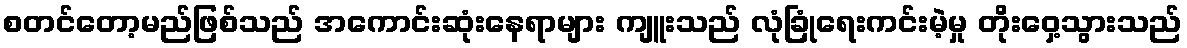
စတင်တော့မည်ဖြစ်သည် အကောင်းဆုံးနေရာများ ကျူးသည် လုံခြုံရေးကင်းမဲ့မှု တိုးဝှေ့သွားသည်